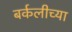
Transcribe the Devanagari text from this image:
बर्कलीच्या